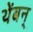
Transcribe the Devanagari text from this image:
थेंबन्